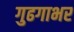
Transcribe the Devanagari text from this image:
गुढगाभर